Insane asylums in Bengal annual reports 1876-1887 - 1876-1887
Year: 1876
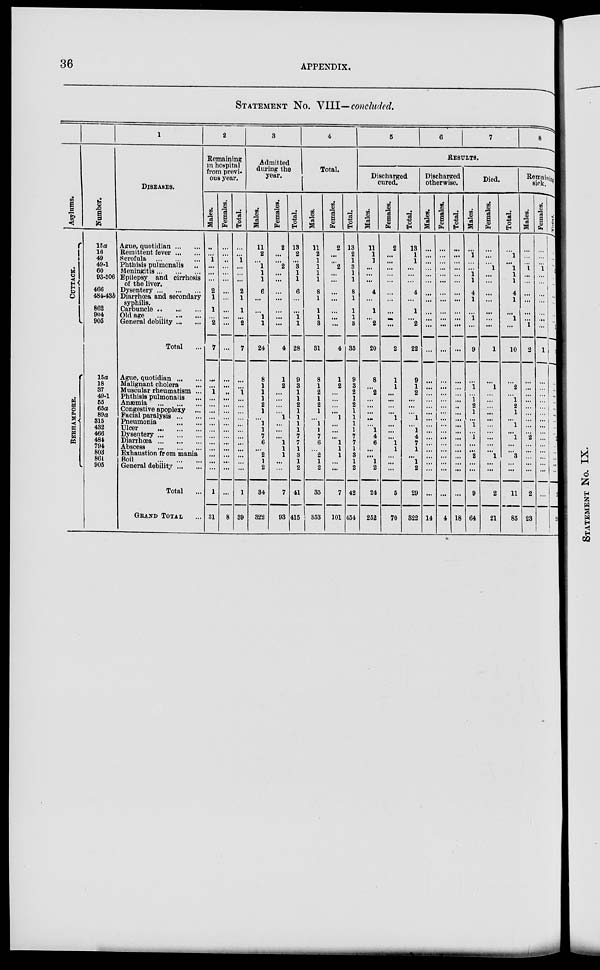
36
APPENDIX.
STATEMENT No. VIII— concluded.
Asylums.
CUTTACK.
BE RHAMP ORE .
Number.
15a
16
49
49-1
60
93-506
466
484-43b
862
904
905
15a
18
37
49-1
55
65a
89a
315
432
466
484
794 803
861
905
1
DISEASES.
Ague, quotidian ... ...
Remittent fever ... ...
Scrofula
...
...
...
Phthisis pulmonalis ...
Meningitis ... ... ...
Epilepsy and cirrhosis
of the liver.
Dysentery ... ... ...
Diarrhœa and secondary
syphilis.
Carbuncle ... ... ...
Old age
...
...
...
General debility ... ...
Total ...
Ague, quotidian ... ...
Malignant cholera ...
Muscular rheumatism ...
Phthisis pulmonalis ...
Anæmia
...
...
...
Congestive apoplexy ...
Facial paralysis ... ...
Pneumonia
...
...
Ulcer
...
...
...
Dysentery ... ... ...
Diarrhœa
...
...
...
Abscess ... ... ...
Exhaustion from mania
Boil
...
...
...
General debility ... ...
Total ...
GRAND TOTAL ...
2
Remaining
in hospital
from previ-
ous year.
Males.
...
...
1
...
...
...
2
1
1
...
2
7
...
...
1
...
...
...
...
...
...
...
...
...
...
...
...
1
31
Females.
...
...
...
...
...
...
...
...
...
...
...
...
...
...
...
...
...
...
...
...
...
...
...
...
...
...
...
...
8
Total.
...
...
1
...
...
...
2
1
1
...
2
7
...
...
1
...
...
...
...
...
...
...
...
...
...
...
...
1
39
3
Admitted
during the
year.
Males.
11
2
...
1
1
1
6
...
...
1
1
24
8
1
1
1
2
1
...
1
1
7
6
... 2
1
2
34
322
Females.
2
...
...
2
...
...
...
...
...
...
...
4
1
2
...
...
...
...
1
...
...
...
1
1
1
...
...
7
93
Total.
13
2
...
3
1
1
6
...
...
1
1
28
9
3
1
1
2
1
1
1
1
7
7
1
3
1
2
41
415
4
Total.
Males.
11
2
1
1
1
1
8
1
1
1
3
31
8
1
2
1
2
1
...
1
1
7
6
...
2
...
2
35
353
Females.
2
...
...
2
...
...
...
...
...
...
...
4
1
2
...
...
...
...
1
...
...
...
1
1
1
...
...
7
101
Total.
13
2
1
3
1
1
8
1
1
1
3
35
9
3
2
1
2
1
1
1
1
7
7
1
3
1
2
42
454
5
6
7
8
RESULTS.
Discharged
cured.
Males.
11
1
1
...
...
...
4
...
1
...
2
20
8
...
2
...
...
...
...
...
1
4
6
...
... 1
2
24
252
Females.
2
...
...
...
...
...
...
...
...
...
...
2
1
1
...
...
...
...
1
...
...
...
1
1
...
...
...
5
70
Total.
13
1
1
...
...
...
4
...
1
...
2
22
9
1
2
...
...
...
1
...
1
4
7
1
...
1
2
29
322
Discharged
otherwise.
Males.
...
...
...
...
...
...
...
...
...
...
...
...
...
...
...
...
...
...
...
...
...
...
...
...
...
...
...
...
14
Females.
...
...
...
...
...
...
...
...
...
...
...
...
...
...
...
...
...
...
...
...
...
...
...
...
...
...
...
...
4
Total.
...
...
...
...
...
...
...
...
...
...
...
...
...
...
...
...
...
...
...
...
...
...
...
...
...
...
...
...
18
Died.
Males.
...
1
...
...
1
1
4
1
...
1
...
9
...
1
...
1
2
1
...
1
...
1
...
... 2
...
...
9
64
Females.
...
...
...
1
...
...
...
...
...
...
...
1
...
1
...
...
...
...
...
...
...
...
...
...
1
...
...
2
21
Total.
...
1
...
1
1
1
4
1
...
1
...
10
...
2
...
1
2
1
...
1
...
1
...
... 3
...
...
11
85
Remaining
sick.
Males.
...
...
...
1
...
...
...
...
...
...
1
2
...
...
...
...
...
...
...
...
...
2
...
...
...
...
...
2
23
Females.
...
...
...
1
...
...
...
...
...
...
...
1
...
...
...
...
...
...
...
...
...
...
...
...
...
...
...
...
...
Total.
...
...
...
2
...
...
...
...
...
...
1
3
...
...
...
...
...
...
...
...
...
2
...
... ...
...
...
2
23